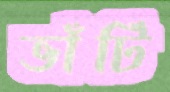
ভাঁটি